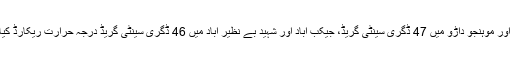
دادو اور موہنجو داڑو میں 47 ڈگری سینٹی گریڈ، جیکب آباد اور شہید بے نظیر آباد میں 46 ڈگری سینٹی گریڈ درجہ حرارت ریکارڈ کیا گیا۔